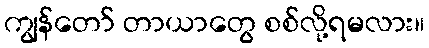
ကျွန်တော် တာယာတွေ စစ်လို့ရမလား။